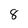
Character: 8